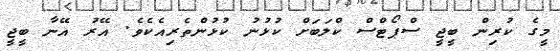
މީގެ ކުރިން ބީޖީ ސްޕޯޓްސް ކްލަބަށް ކުޅުނު ކުޅުންތެރިއެކެވެ. އޭރު އޭނާ ބީޖީ